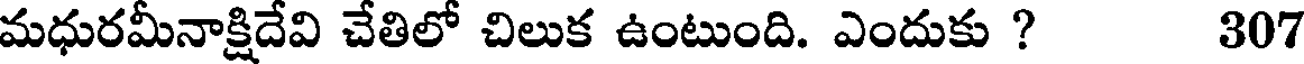
మధురమీనాక్షిదేవి చేతిలో చిలుక ఉంటుంది. ఎందుకు ? 307